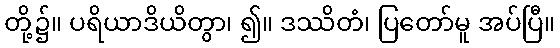
တို့၌။ ပရိယာဒိယိတွာ၊ ၍။ ဒဿိတံ၊ ပြတော်မူ အပ်ပြီ။